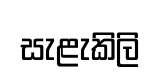
සැළැකිලි